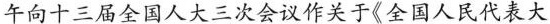
午向十三届全国人大三次会议作关于《全国人民代表大